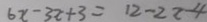
6 x - 3 x + 3 = 1 2 - 2 2 - 4